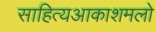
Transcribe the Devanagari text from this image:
साहित्‍यआकाशमलो